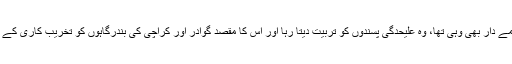
کراچی میں بے چینی کا ذمے دار بھی وہی تھا، وہ علیحدگی پسندوں کو تربیت دیتا رہا اور اس کا مقصد گوادر اور کراچی کی بندرگاہوں کو تخریب کاری کے ذریعے نقصان پہنچانا تھا۔